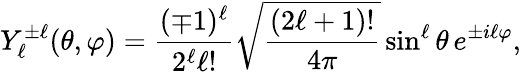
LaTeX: Y_{\ell}^{\pm\ell}(\theta,\varphi)={\frac{(\mp 1)^{\ell}}{2^{\ell}\ell!}}{\sqrt{\frac{(2\ell+1)!}{4\pi}}}\sin^{\ell}\theta\, e^{\pm i\ell\varphi},